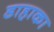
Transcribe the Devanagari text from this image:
डाहाका